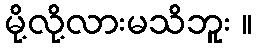
မို့လို့လားမသိဘူး ။